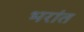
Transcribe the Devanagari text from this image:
भरांत